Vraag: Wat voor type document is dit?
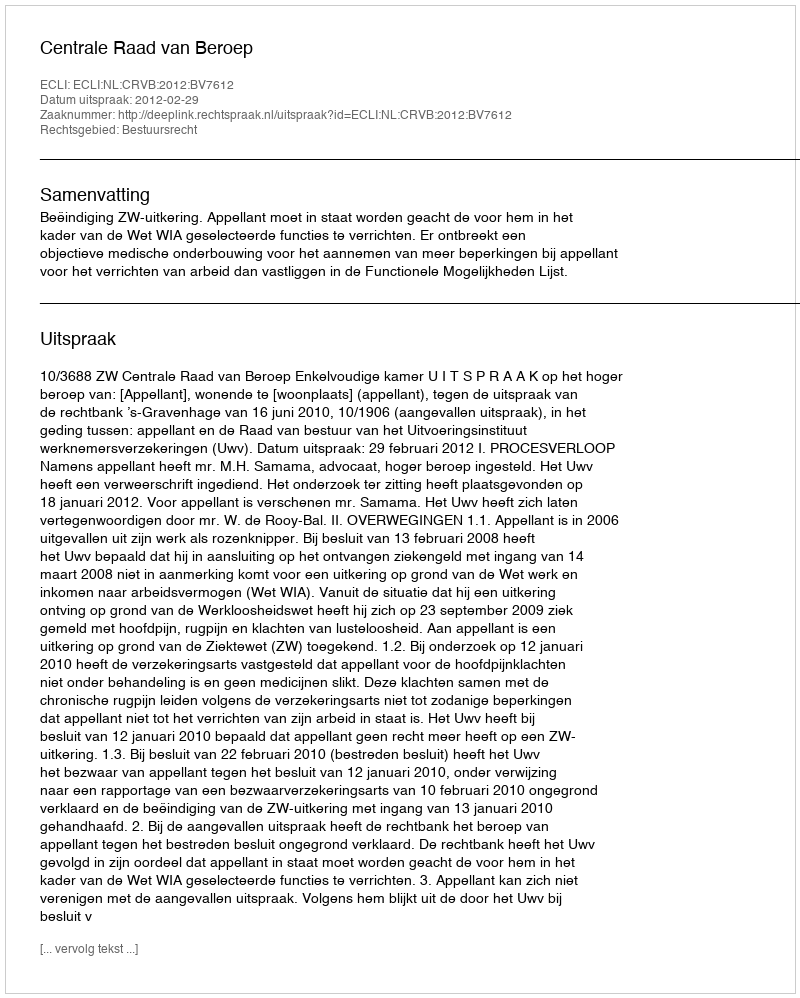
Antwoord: Uitspraak